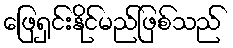
ဖြေရှင်းနိုင်မည်ဖြစ်သည်